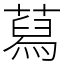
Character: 蕮